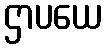
ဌာပယေ